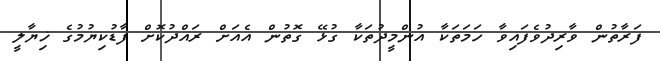
ފަރާތުން ވާރިދުވެފައިވާ ހަމަތަކާ އުންމީދުތަކާ ގުޅޭ ގޮތުން އެއަށް ރައްދުކޮށް ފާޑުކިޔުމުގެ ޚިޔާލީ